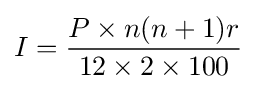
I={\frac {P\times n(n+1)r}{12\times 2\times 100}}